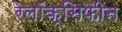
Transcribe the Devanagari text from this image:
रेलॉक्सिफीन